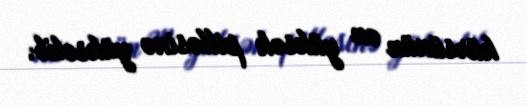
kürsünün ən yüksək pilləsinə yüksəlib.